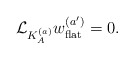
\begin{align*}{\cal L}_{K_A^{(a)}}w^{(a')}_{\rm flat}=0.\end{align*}